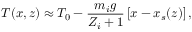
T ( x , z ) \approx T _ { 0 } - { \frac { m _ { i } g } { Z _ { i } + 1 } } \left[ x - x _ { s } ( z ) \right] ,